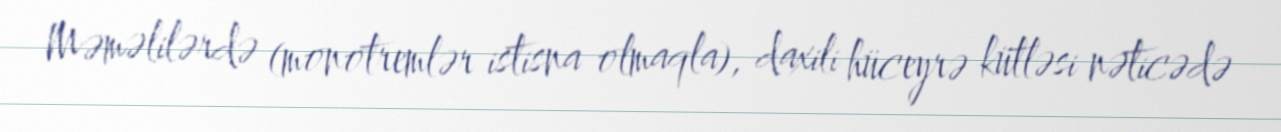
Məməlilərdə (monotremlər istisna olmaqla), daxili hüceyrə kütləsi nəticədə